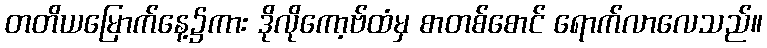
တတိယမြောက်နေ့၌ကား ဒိုလိုကော့ဗ်ထံမှ စာတစ်စောင် ရောက်လာလေသည်။